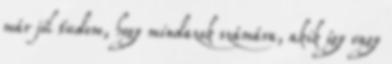
már jól tudom, hogy mindazok számára, akik így vagy